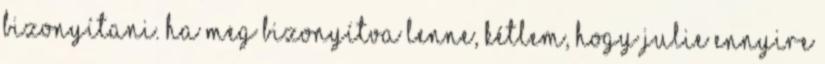
bizonyítani. Ha meg bizonyítva lenne, kétlem, hogy Julie ennyire